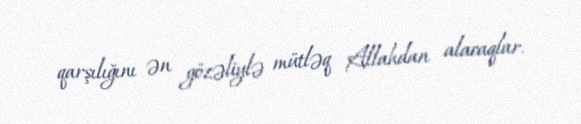
qarşılığını ən gözəliylə mütləq Allahdan alacaqlar.